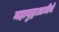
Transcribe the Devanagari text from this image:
महायुद्धाआधीचे